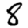
Digit: 8